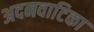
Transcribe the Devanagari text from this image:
अदनवाटिका